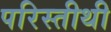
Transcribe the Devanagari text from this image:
परिस्तीथी